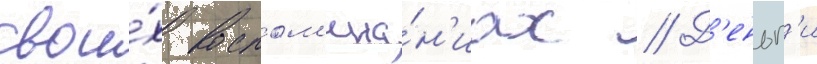
свои́х воспом'ина́н'иах // Д'еньг'и